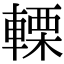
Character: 𨍫